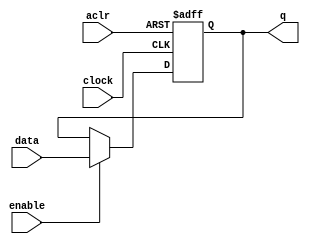
// synopsys translate_off
`timescale 1 ps / 1 ps
// synopsys translate_on
module register_32bit (
	aclr,
	clock,
	data,
	enable,
	q);

	input	  aclr;
	input	  clock;
	input	[31:0]  data;
	input	  enable;
	output reg	[31:0]  q;
	
	always @(posedge clock, posedge aclr)
	begin
		if (aclr)
			q <= 32'b0;
		else if (enable)
			q <= data;
	end

endmodule